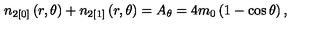
n _ { 2 [ 0 ] } \left( r , \theta \right) + n _ { 2 [ 1 ] } \left( r , \theta \right) = A _ { \theta } = 4 m _ { 0 } \left( 1 - \cos \theta \right) ,